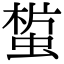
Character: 𧎀